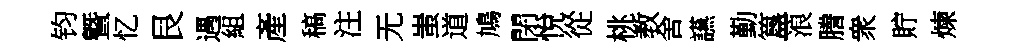
钧曁忆艮遇組產稿注无蚩道鳩閉悅從桃教舍讌勤簋浪謄衆貯煉